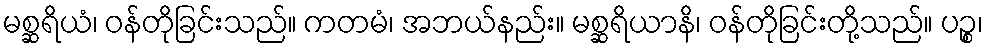
မစ္ဆရိယံ၊ ဝန်တိုခြင်းသည်။ ကတမံ၊ အဘယ်နည်း။ မစ္ဆရိယာနိ၊ ဝန်တိုခြင်းတို့သည်။ ပဉ္စ၊